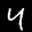
Label: 4